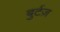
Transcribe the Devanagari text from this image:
बुर्टज़